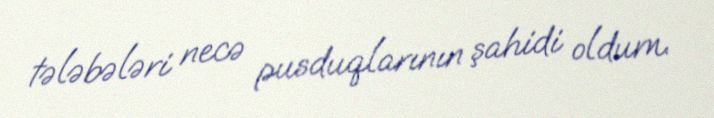
tələbələri necə pusduqlarının şahidi oldum.